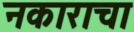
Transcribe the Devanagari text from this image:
नकाराचा